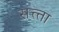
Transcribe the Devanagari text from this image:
सत्त्ता